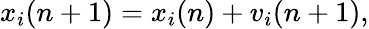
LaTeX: x_{i}(n+1)=x_{i}(n)+v_{i}(n+1),